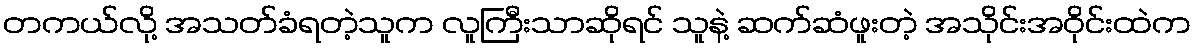
တကယ်လို့ အသတ်ခံရတဲ့သူက လူကြီးသာဆိုရင် သူနဲ့ ဆက်ဆံဖူးတဲ့ အသိုင်းအဝိုင်းထဲက